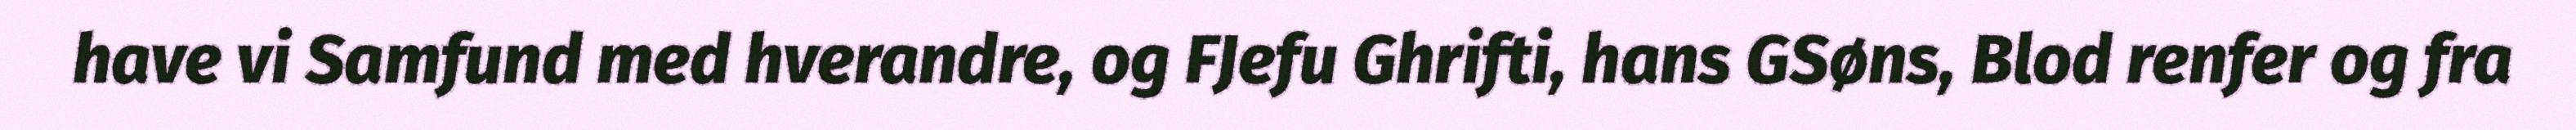
have vi Samfund med hverandre, og FJefu Ghrifti, hans GSøns, Blod renfer og fra